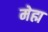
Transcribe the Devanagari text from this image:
मेह्म